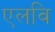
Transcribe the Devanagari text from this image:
एलवि